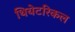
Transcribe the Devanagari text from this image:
थियेटरिकल